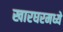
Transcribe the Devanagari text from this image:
खारघरमध्ये